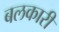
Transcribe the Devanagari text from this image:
बलकारी